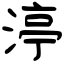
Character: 渟